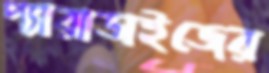
প্যারাডাইজের